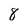
Character: 8